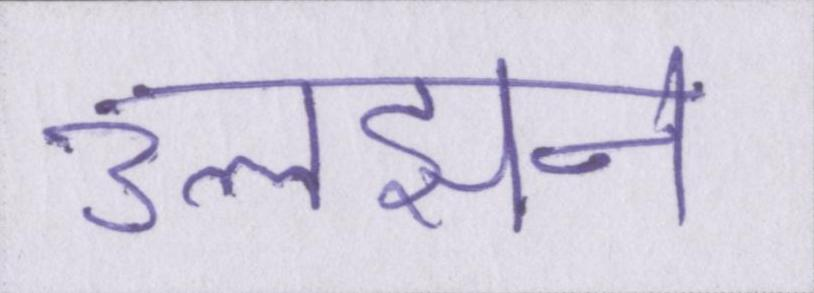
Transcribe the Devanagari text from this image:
उलझन